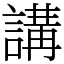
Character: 講